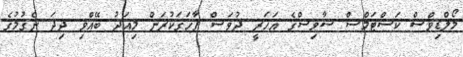
މޯލްޑިވްސް ކަސްޓަމްސް ސާވިސްގެ އަހަރީ ދުވަސް ފާހަގަކުރަން މިއަދު ބޭއްވި ދިދަ ނެގުމުގެ